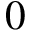
0